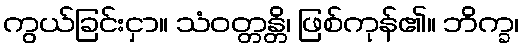
ကွယ်ခြင်းငှာ။ သံဝတ္တန္တိ၊ ဖြစ်ကုန်၏။ ဘိက္ခ၊